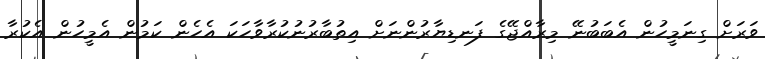
ވަރަށް ގިނަމީހުން އެބަބުނޭ މިރާއްޖޭގެ ފަނޑިޔާރުންނަށް އިތުބާރުނުކުރާވާހަކަ އެހެން ކަމުން އެމީހުން އެކުރާ